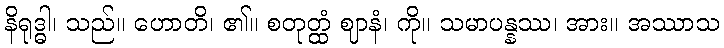
နိရုဒ္ဓါ၊ သည်။ ဟောတိ၊ ၏။ စတုတ္ထံ ဈာနံ၊ ကို။ သမာပန္နဿ၊ အား။ အဿာသ